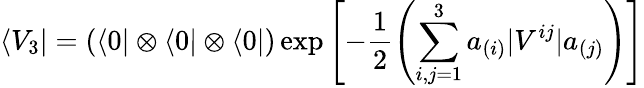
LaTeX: \langle V_{3}|=(\langle 0|\otimes\langle 0|\otimes\langle 0|)\exp\left[-\frac{1}{2}\left(\sum_{i,j=1}^{3}a_{(i)}|V^{ij}|a_{(j)}\right)\right]